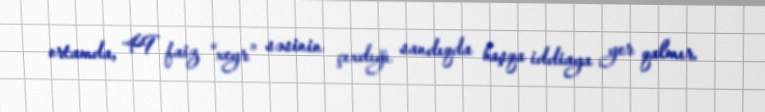
ortamda, 49 faiz “xeyr” səsinin çıxdığı sandıqda başqa iddiaya yer qalmır.